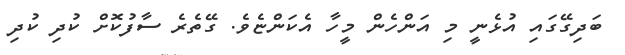
ބަދިގޭގައި އުޅެނީ މި އަންހެން މީހާ އެކަންޏެވެ. ގޭތެރެ ސާފުކޮށް ކުދި ކުދި